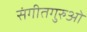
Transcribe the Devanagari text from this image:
संगीतगुरुओं